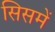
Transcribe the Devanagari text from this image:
सिसमें